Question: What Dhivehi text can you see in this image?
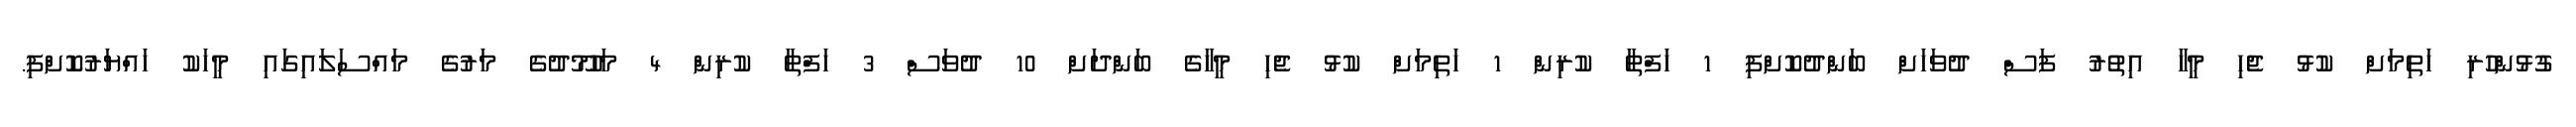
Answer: ގުޅުންހުރި ހަތިމަށް ކުޅު ޖެހި މީހާ އިތުރު ފަސް ދުވަހަށް ބަންދުކޮށްފި 1 ހަފްތާ ކުރިން 1 ހަތިމަށް ކުޅު ޖެހި މީހާގެ ބަންދަށް 10 ދުވަސް 3 ހަފްތާ ކުރިން 4 މަހުމޫދުގެ މަރުގެ މައްސަލައިގައި މީހަކު ހައްޔަރުކޮށްފި.